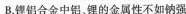
B.锂铝合金中铝、锂的金属性不如钠强